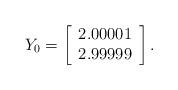
LaTeX: \begin{align*}Y_0=\left[\begin{array}{c}2.00001\\2.99999\end{array}\right].\end{align*}